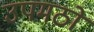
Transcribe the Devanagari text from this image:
उपमठों